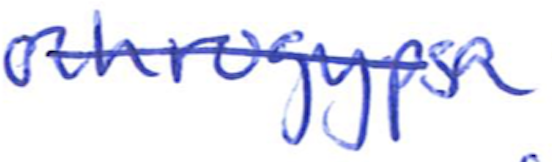
Text: ochrogypsa
Cross-out: mix
Writing tool: ballpoint